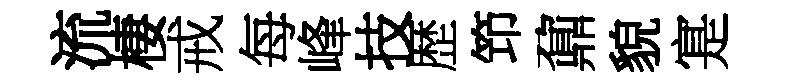
流棲戒每峰技歴笻鼐貌寔